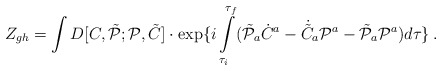
\begin{align*}Z_{gh}=\int D[C,\tilde {\cal P};{\cal P},\tilde C]\cdot\exp\{i\int\limits_{\tau_i}^{\tau_f}(\tilde {\cal P}_a\dot C^a -\dot{\tilde C}_a {\cal P}^a-\tilde {\cal P}_a{\cal P}^a)d\tau\} \, .\end{align*}